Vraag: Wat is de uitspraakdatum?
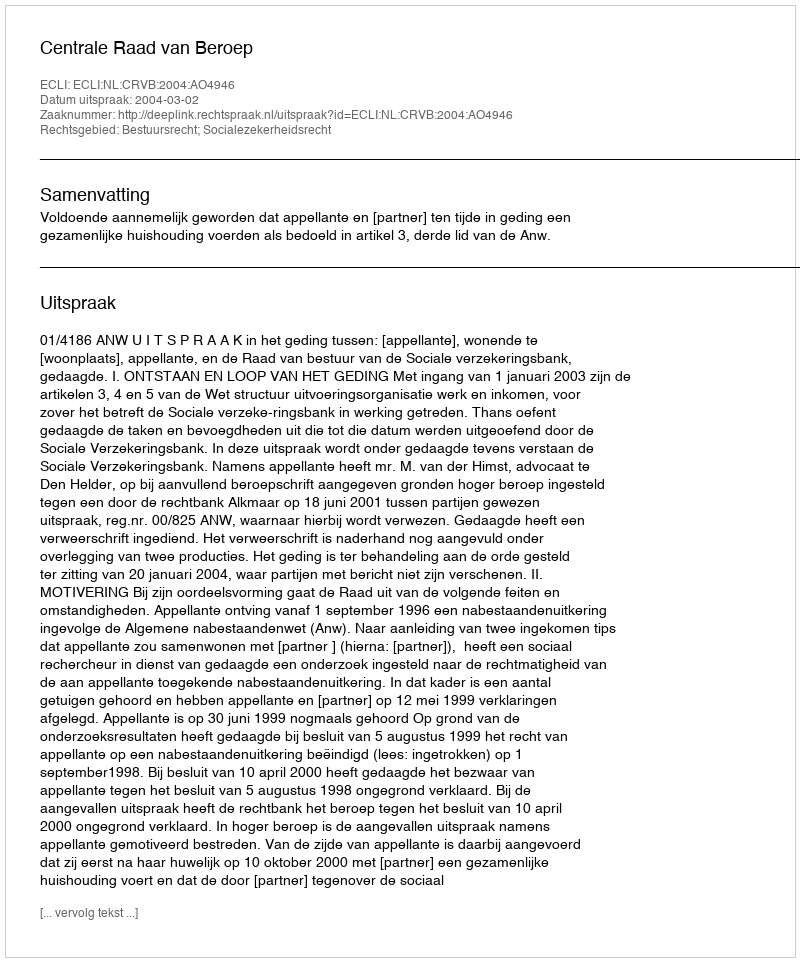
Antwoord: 2004-03-02